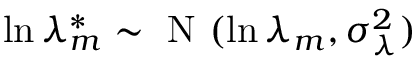
\ln \lambda _ { m } ^ { * } \sim \mathrm { ~ N ~ } ( \ln \lambda _ { m } , \sigma _ { \lambda } ^ { 2 } )